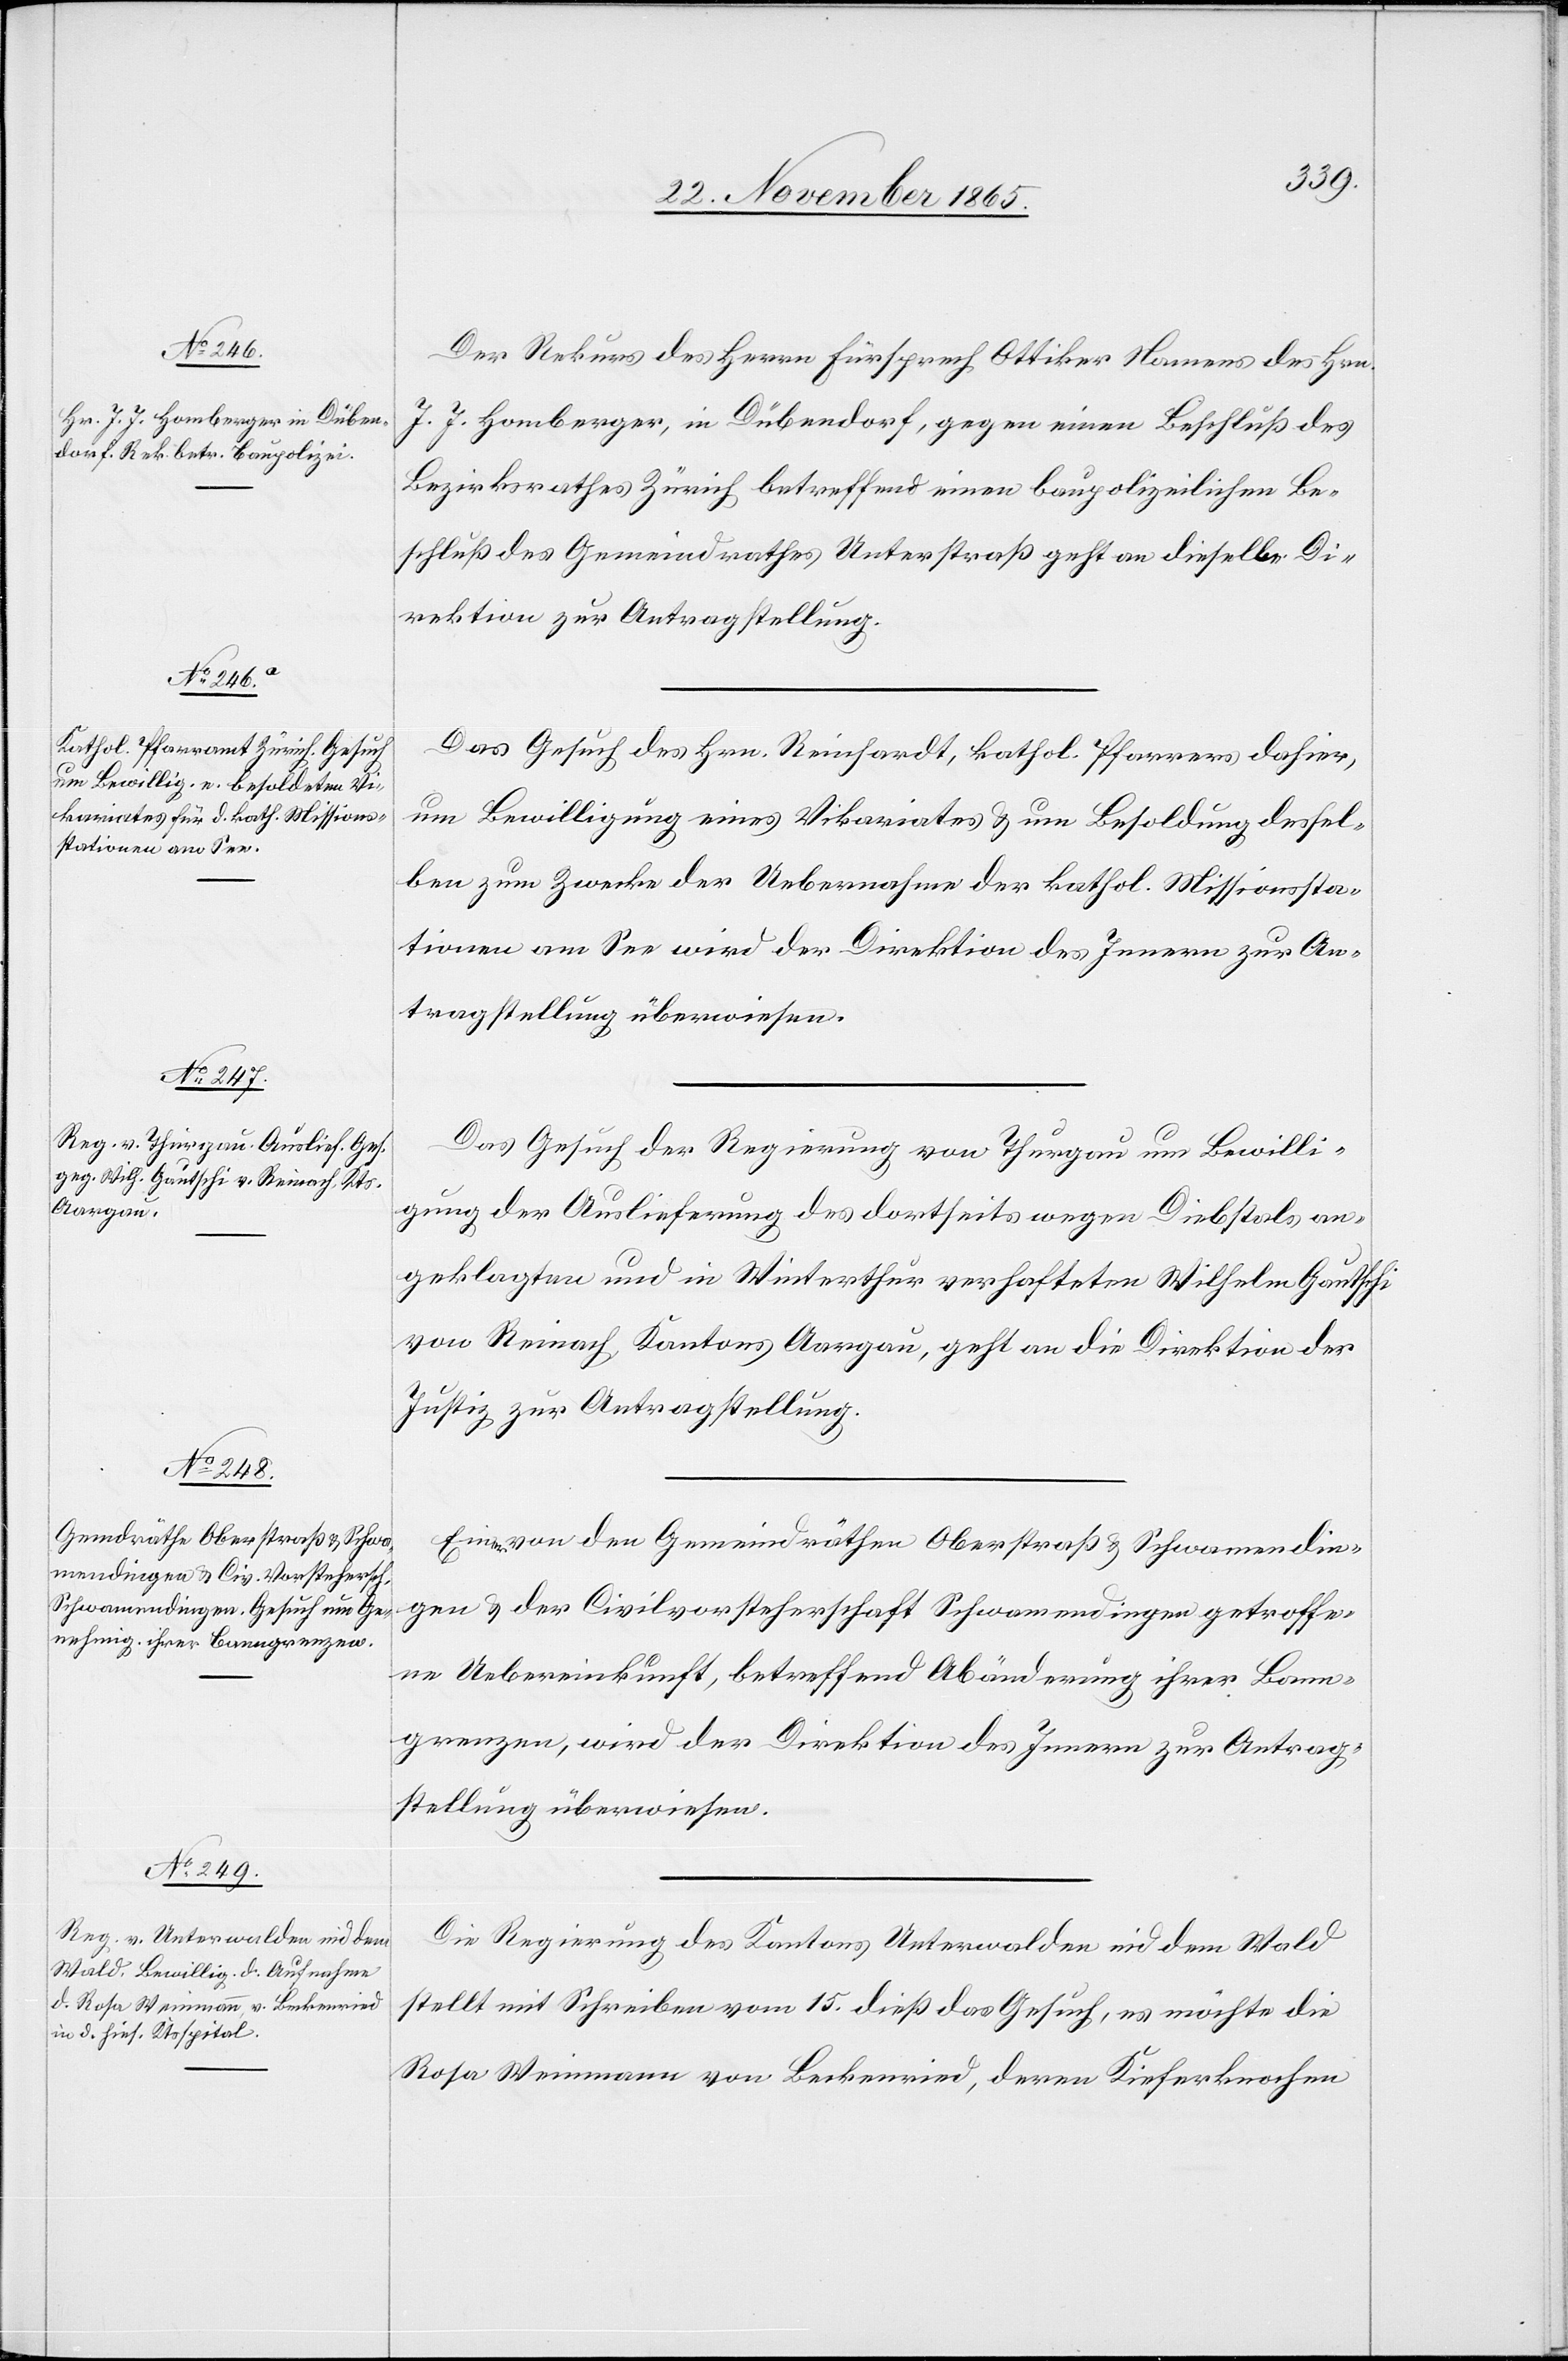
23. November 1865.]
Der Rekurs des Herrn Fürsprech Ottiker Namens des Hrn.
J. J. Homberger, in Dübendorf, gegen einen Beschluß des
Bezirksrathes Zürich betreffend einen baupolizeilichen Be¬
schluß des Gemeindrathes Unterstraß geht an dieselbe Di¬
rektion zur Antragstellung.
Das Gesuch des Hrn. Reinhardt, kathol. Pfarrers dahier,
um Bewilligung eines Vikariates & um Besoldung dessel¬
ben zum Zwecke der Uebernahme der kathol. Missionssta¬
tionen am See wird der Direktion des Innern zur An¬
tragstellung überwiesen.
Das Gesuch der Regierung von Thurgau um Bewilli¬
gung der Auslieferung des dortseits wegen Diebstahls an¬
geklagten und in Winterthur verhafteten Wilhelm Gautschi
von Reinach, Kantons Aargau, geht an die Direktion der
Justiz zur Antragstellung.
Eine von den Gemeindräthen Oberstraß & Schwamendin¬
gen & der Civilvorsteherschaft Schwamendingen getroffe¬
ne Uebereinkunft, betreffend Abänderung ihrer Bann¬
grenzen, wird der Direktion des Innern zur Antrag¬
stellung überwiesen.
Die Regierung des Kantons Unterwalden nid dem Wald
stellt mit Schreiben vom 15. dieß das Gesuch, es möchte die
Rosa Weinmann von Beckenried, deren Kieferknochen